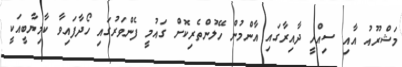
މަޝްރޫއު އާއި ސިއްހީ ދާއިރާގައި އާންމުން ހޭލުންތެރިކޮށް ގައުމީ ފެންވަރުގައި ހޯދާފައިވާ ކާމިޔާބީއަކީ